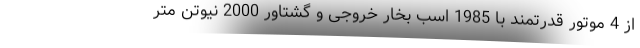
از 4 موتور قدرتمند با 1985 اسب بخار خروجی و گشتاور 2000 نیوتن متر